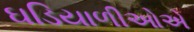
ઘડિયાળીઓએ